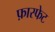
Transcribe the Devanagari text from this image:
फ़ास्फेट